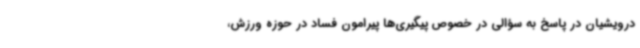
درویشیان در پاسخ به سؤالی در خصوص پیگیری‌ها پیرامون فساد در حوزه ورزش،